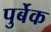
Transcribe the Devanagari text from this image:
पुर्बेक